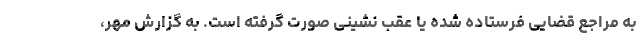
به مراجع قضایی فرستاده شده یا عقب نشینی صورت گرفته است. به گزارش مهر،